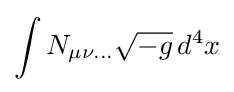
\int N_{\mu \nu ...}{\sqrt {-g}}\,d^{4}x